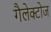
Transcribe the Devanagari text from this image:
गैलेक्टोज